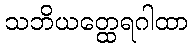
သဘိယတ္ထေရဂါထာ